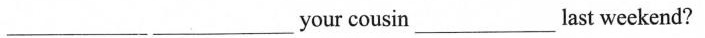
___ ___your cousin___last weekend?